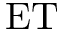
\mathrm { E T }